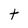
Character: t